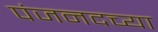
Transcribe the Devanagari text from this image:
पंजनदच्या